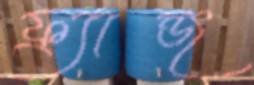
ফ্র্যান্জ